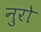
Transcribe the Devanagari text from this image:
नुरो